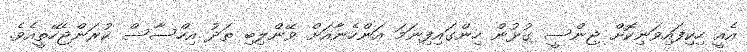
އެއީ ހިކިފައިވަނިކޮށް ޖިންސީ ގުޅުން ހިންގައިފިނަމަ އަންހެނާއަށް ވޭންލިބި ތަދު އިހްސާސް ކުރަންޖެހޭތީއެވެ.